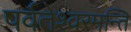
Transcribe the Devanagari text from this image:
पर्वतेश्वरमन्ति